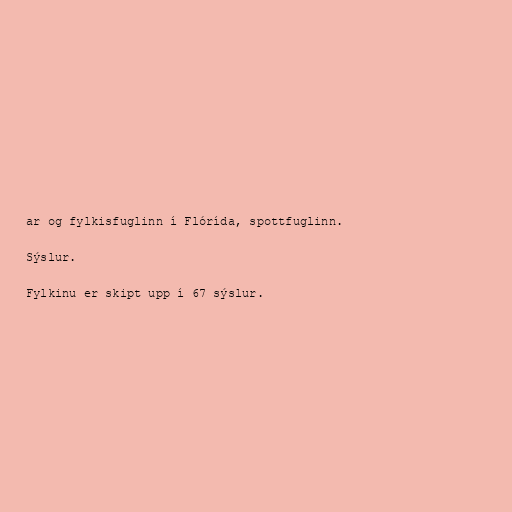
ar og fylkisfuglinn í Flórída, spottfuglinn.

Sýslur.

Fylkinu er skipt upp í 67 sýslur.